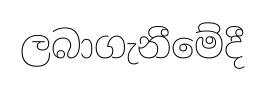
ලබාගැනීමේදී